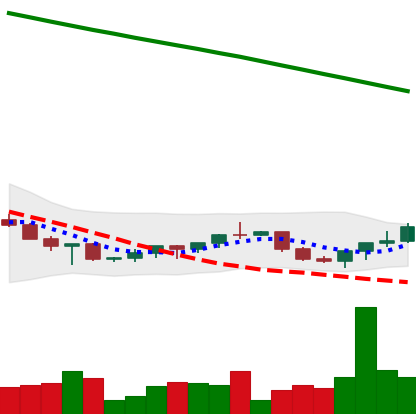
Ticker: XRP-USD
Chart end date: 2022-07-16
Forward return: 4.61%
Label: up_3_5